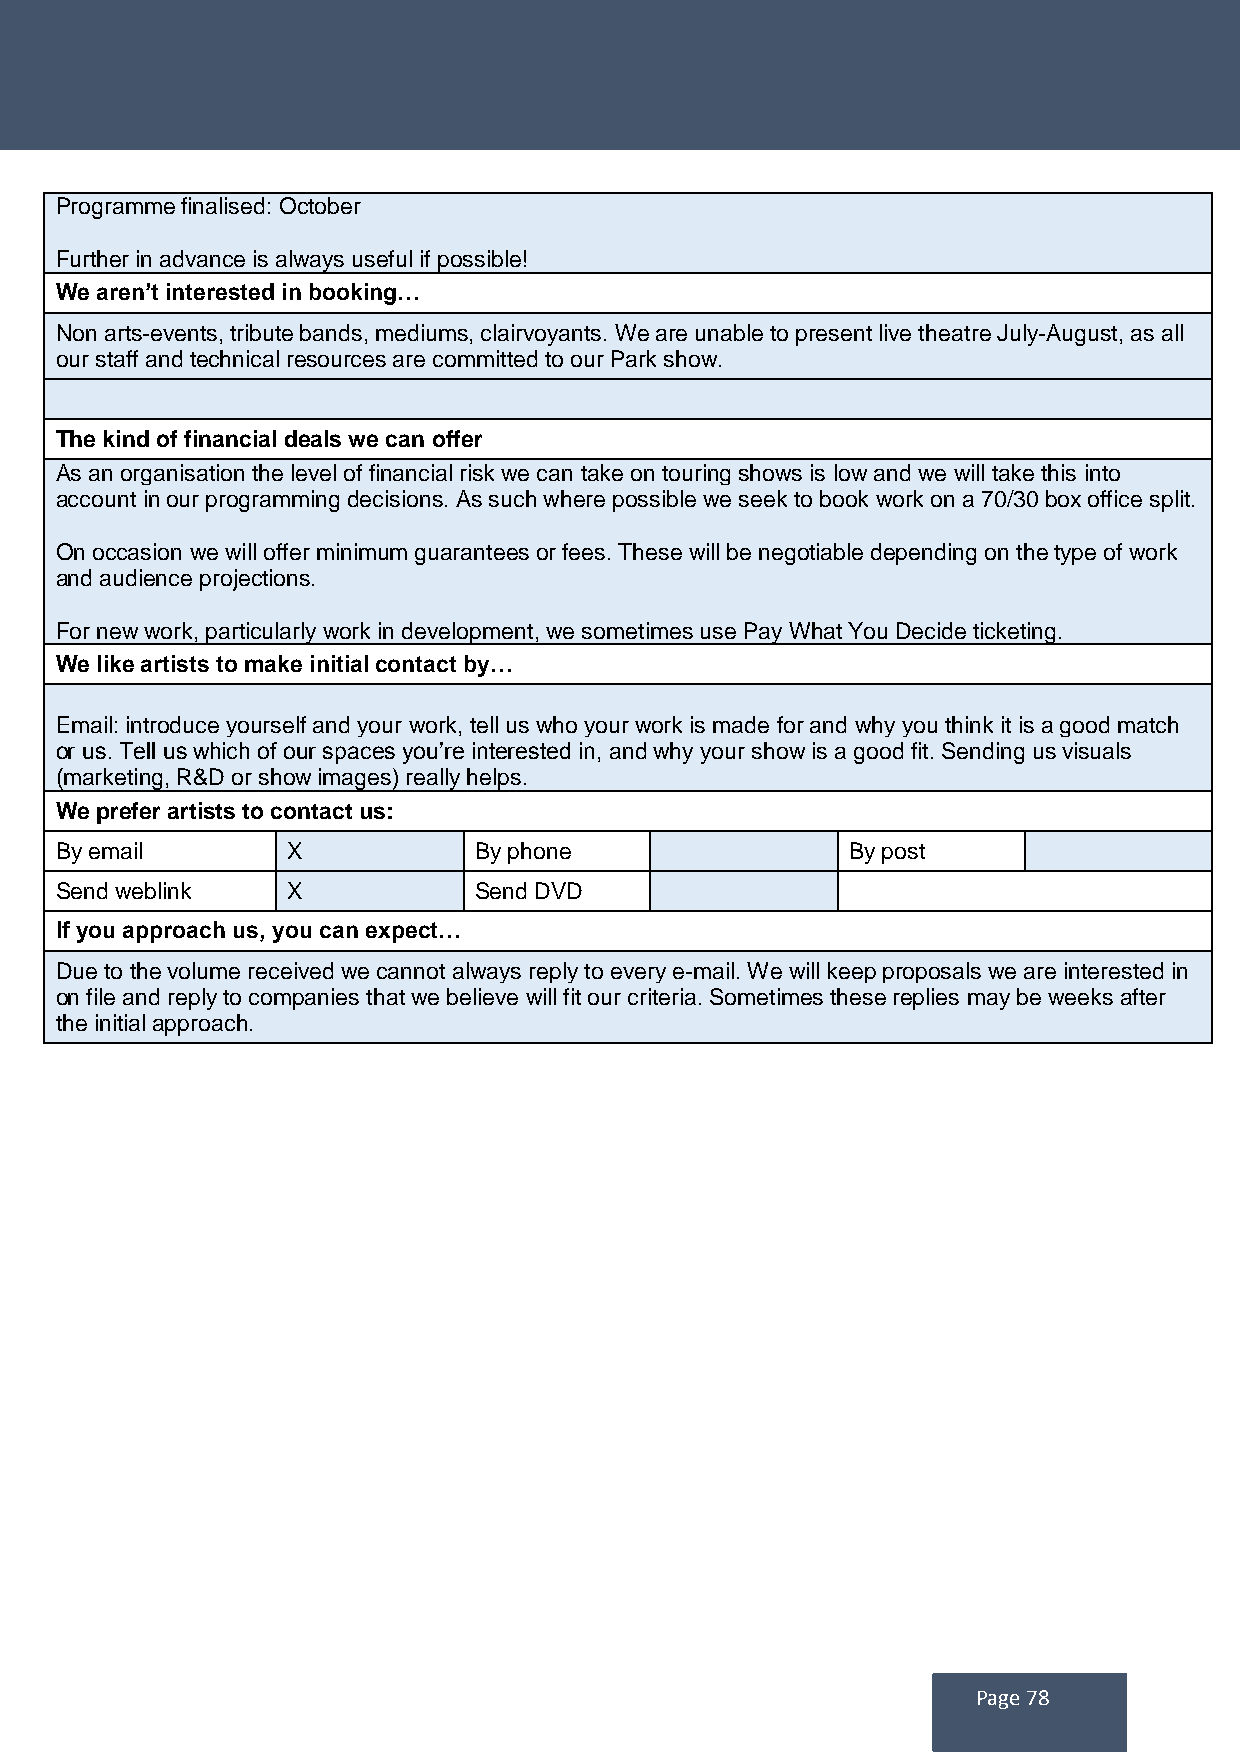
Programme finalised: October
 Further in advance is always useful if possible!
 We aren’t interested in booking…
 Non arts-events, tribute bands, mediums, clairvoyants. We are unable to present live theatre July-August, as all
 our staff and technical resources are committed to our Park show.
 The kind of financial deals we can offer
 As an organisation the level of financial risk we can take on touring shows is low and we will take this into
 account in our programming decisions. As such where possible we seek to book work on a 70/30 box office split.
 On occasion we will offer minimum guarantees or fees. These will be negotiable depending on the type of work
 and audience projections.
 For new work, particularly work in development, we sometimes use Pay What You Decide ticketing.
 We like artists to make initial contact by…
 Email: introduce yourself and your work, tell us who your work is made for and why you think it is a good match
 or us. Tell us which of our spaces you’re interested in, and why your show is a good fit. Sending us visuals
 (marketing, R&D or show images) really helps.
 We prefer artists to contact us:
 By email       X           By phone                 By post
 Send weblink   X           Send DVD
 If you approach us, you can expect…
 Due to the volume received we cannot always reply to every e-mail. We will keep proposals we are interested in
 on file and reply to companies that we believe will fit our criteria. Sometimes these replies may be weeks after
 the initial approach.
 Page 78